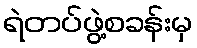
ရဲတပ်ဖွဲ့စခန်းမှ